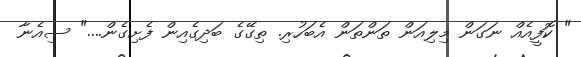
" ކޮފީއެއް ނަގަން މިލިއަން ތަންތަން އެބަހުރި. ތިގޭގެ ބަދިގެއިން ފެށިގެން...." ސިއެނާ